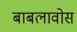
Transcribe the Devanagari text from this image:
बाबलावोस